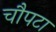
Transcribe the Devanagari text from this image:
चौपटा